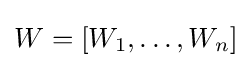
W=[W_{1},\dots ,W_{n}]